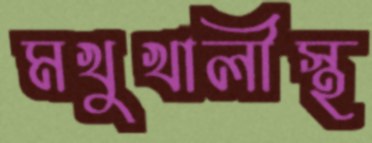
মখুখালীস্থ